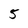
Character: 5